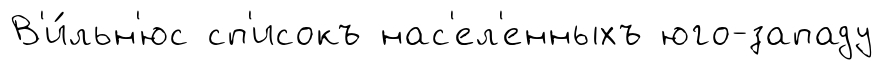
В'и́льн'юс сп'исокъ нас'ел'енныхъ юго-западу